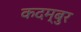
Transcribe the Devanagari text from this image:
कदम्बुर